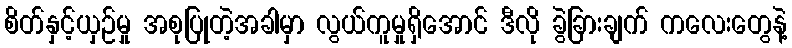
စိတ်နှင့်ယှဉ်မှု အစုပြုတဲ့အခါမှာ လွယ်ကူမှုရှိအောင် ဒီလို ခွဲခြားချက် ကလေးတွေနဲ့